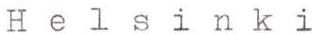
Helsinki